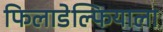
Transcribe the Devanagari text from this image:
फिलाडेल्फियाला